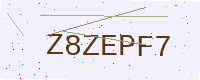
Text: Z8ZEPF7